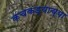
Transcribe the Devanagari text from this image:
कचकड्याच्या